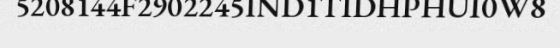
5208144F2902245IND1TIDHPHUI0W8